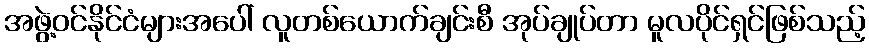
အဖွဲ့ဝင်နိုင်ငံများအပေါ် လူတစ်ယောက်ချင်းစီ အုပ်ချုပ်တာ မူလပိုင်ရှင်ဖြစ်သည့်